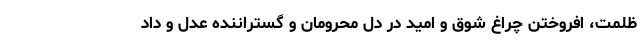
ظلمت، افروختن چراغ شوق و امید در دل محرومان و گستراننده عدل و داد